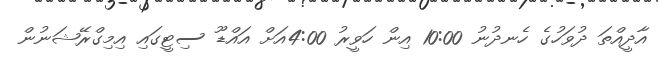
އާދީއްތަ ދުވަހުގެ ހެނދުނު 10:00 އިން ހަވީރު 4:00އަށް އައްޑޫ ސިޓީގައި އިމިގްރޭޝަނުން